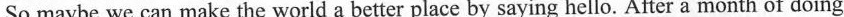
So maybe we can make the world a better place by saying hello. After a month of doing